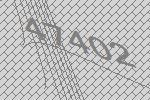
47402